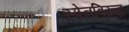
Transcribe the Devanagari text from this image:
स्पेनविरूद्ध